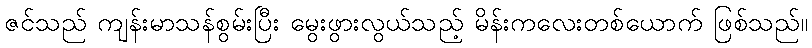
ဇင်သည် ကျန်းမာသန်စွမ်းပြီး မွေးဖွားလွယ်သည့် မိန်းကလေးတစ်ယောက် ဖြစ်သည်။